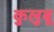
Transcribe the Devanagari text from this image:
कुलुबू